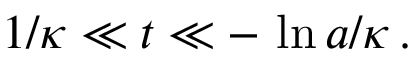
\: 1 / \kappa \ll t \ll - \, \ln a / \kappa \, . \: